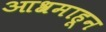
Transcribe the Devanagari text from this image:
आश्रमाहून